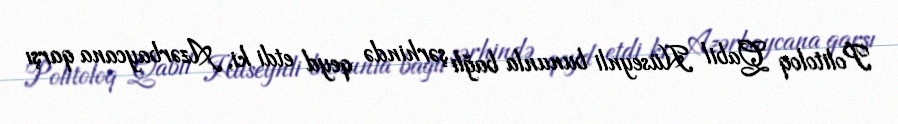
Politoloq Qabil Hüseynli bununla bağlı şərhində qeyd etdi ki, Azərbaycana qarşı